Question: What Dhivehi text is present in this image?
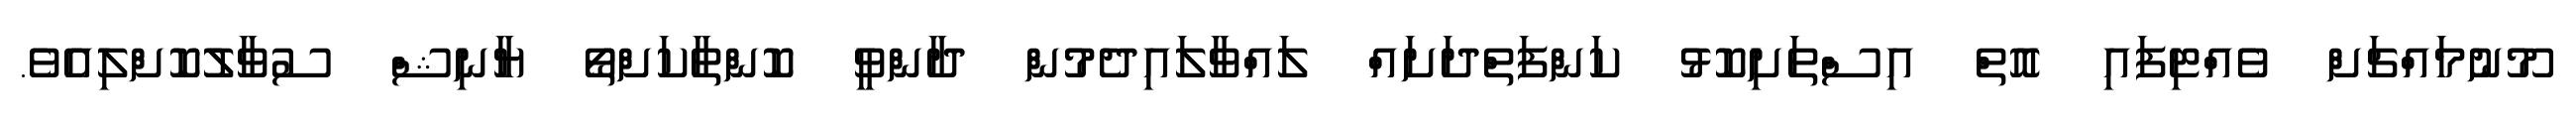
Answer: މޫނުމައްޗަށް ވެއްޓިފައި އޮތް އިސްތަށިކޮޅު ކަންފަތްދަށައް ލައްވާލައިދެމުން ދާންވީ ކޮންތާކަށްތޯ ޔާނިޝް ސުވާލުކޮށްލިއެވެ.